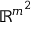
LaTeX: \mathbb { R } ^ { m ^ { 2 } }